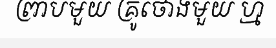
ព្រាបមួយ គ្រូថោងមួយ ហ្ម